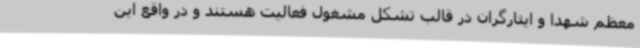
معظم شهدا و ایثارگران در قالب تشکل مشغول فعالیت هستند و در واقع این